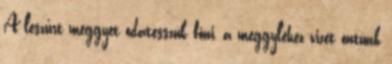
A leszűrt meggyet odatesszük főni, a meggyléhez vizet öntünk